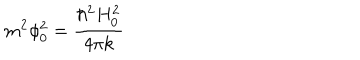
LaTeX: m ^ { 2 } \phi _ { 0 } ^ { 2 } = \frac { \hbar ^ { 2 } H _ { 0 } ^ { 2 } } { 4 \pi k }